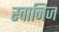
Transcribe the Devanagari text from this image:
स्वानिज